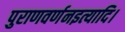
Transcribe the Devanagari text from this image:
पुराणवर्णनइत्यादि।